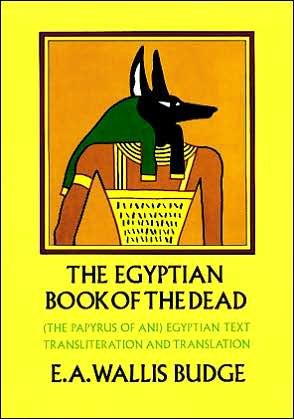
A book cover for The Egyptian Book of the Dead (text only) 1st (First) edition by E. A. W. Budge; E. A. W. Budge; Religion & Spirituality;